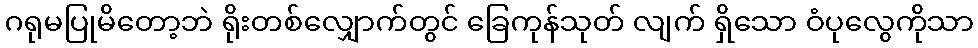
ဂရုမပြုမိတော့ဘဲ ရိုးတစ်လျှောက်တွင် ခြေကုန်သုတ် လျက် ရှိသော ဝံပုလွေကိုသာ